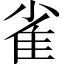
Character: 雀